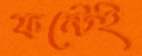
ফন্টেই